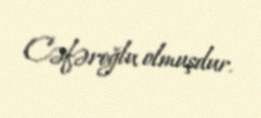
Cəfəroğlu olmuşdur.